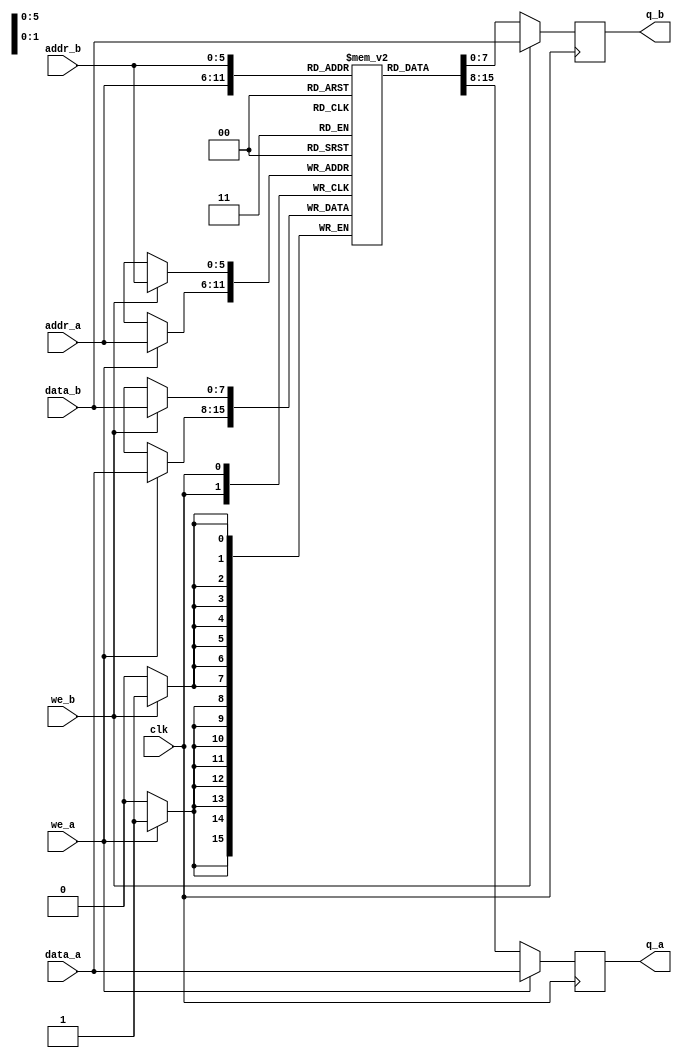
// Quartus II Verilog Template
// True Dual Port RAM with single clock

module infer_true_dual_port_ram_single_clock
#(parameter DATA_WIDTH=8, parameter ADDR_WIDTH=6)
(
	input [(DATA_WIDTH-1):0] data_a, data_b,
	input [(ADDR_WIDTH-1):0] addr_a, addr_b,
	input we_a, we_b, clk,
	output reg [(DATA_WIDTH-1):0] q_a, q_b
);

	// Declare the RAM variable
	reg [DATA_WIDTH-1:0] ram[2**ADDR_WIDTH-1:0];

	// Port A 
	always @ (posedge clk)
	begin
		if (we_a) 
		begin
			ram[addr_a] <= data_a;
			q_a <= data_a;
		end
		else 
		begin
			q_a <= ram[addr_a];
		end 
	end 

	// Port B 
	always @ (posedge clk)
	begin
		if (we_b) 
		begin
			ram[addr_b] <= data_b;
			q_b <= data_b;
		end
		else 
		begin
			q_b <= ram[addr_b];
		end 
	end

endmodule